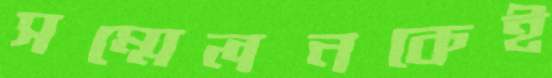
সম্মেলনকেই